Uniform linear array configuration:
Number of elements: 32
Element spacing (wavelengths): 0.5
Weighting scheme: exponential
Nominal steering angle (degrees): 0
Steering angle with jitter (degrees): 1.878
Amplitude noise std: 0.05
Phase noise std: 0.05

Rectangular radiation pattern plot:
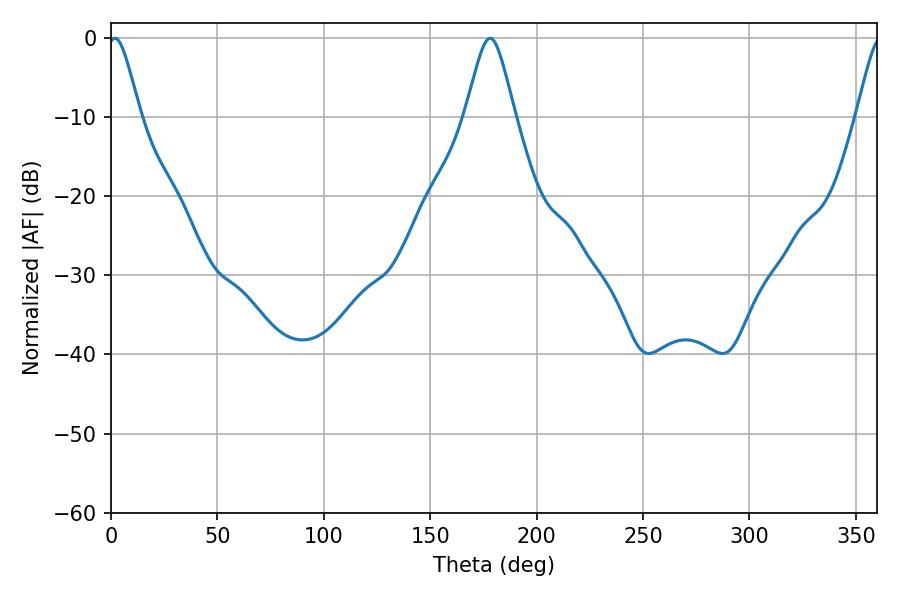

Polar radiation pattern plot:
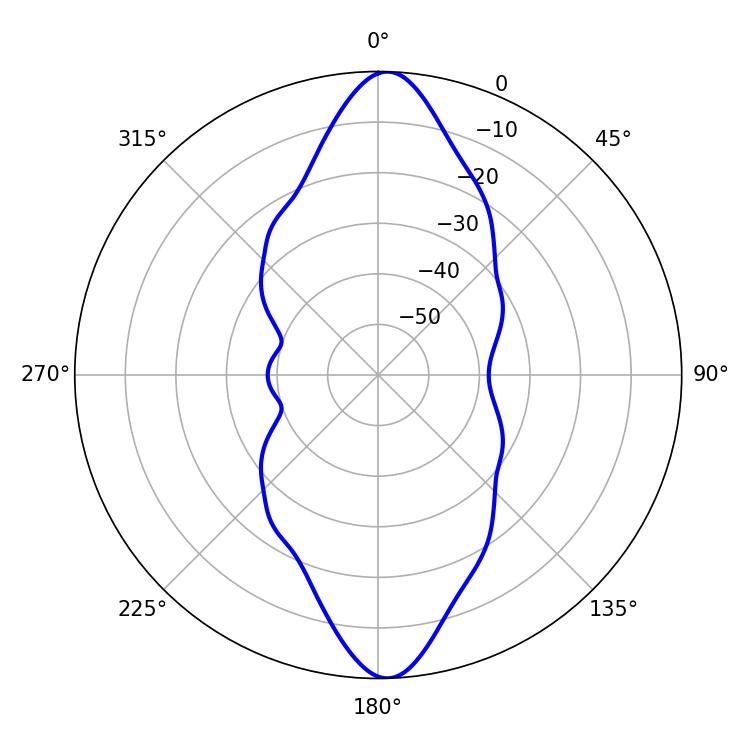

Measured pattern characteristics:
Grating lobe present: FALSE
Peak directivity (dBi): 20.38
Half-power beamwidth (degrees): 7.56
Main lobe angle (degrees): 1.8